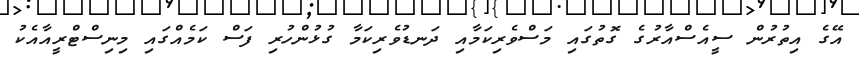
އޭގެ އިތުރުން ސީއެސްއާރުގެ ގޮތުގައި މަސްވެރިކަމާއި ދަނޑުވެރިކަމާ ގުޅުންހުރި ފަސް ކަމެއްގައި މިނިސްޓްރީއާއެކު